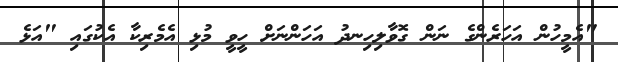
"އެމީހުން އަހަރެންގެ ނަން ގޮވާލިހިނދު އަހަންނަށް ހީވީ މުޅި އެމެރިކާ އެކުގައި "އަޅެ